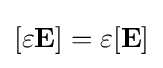
[\varepsilon \mathbf {E} ]=\varepsilon [\mathbf {E} ]